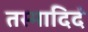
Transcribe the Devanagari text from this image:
तस्मादिदं